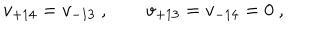
LaTeX: v _ { + 1 4 } = v _ { - 1 3 } \ , \qquad v _ { + 1 3 } = v _ { - 1 4 } = 0 \ ,